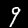
Label: 9